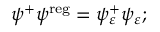
\psi ^ { + } \psi ^ { \mathrm { r e g } } = \psi _ { \varepsilon } ^ { + } \psi _ { \varepsilon } ;